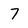
Character: 7